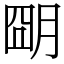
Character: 朙